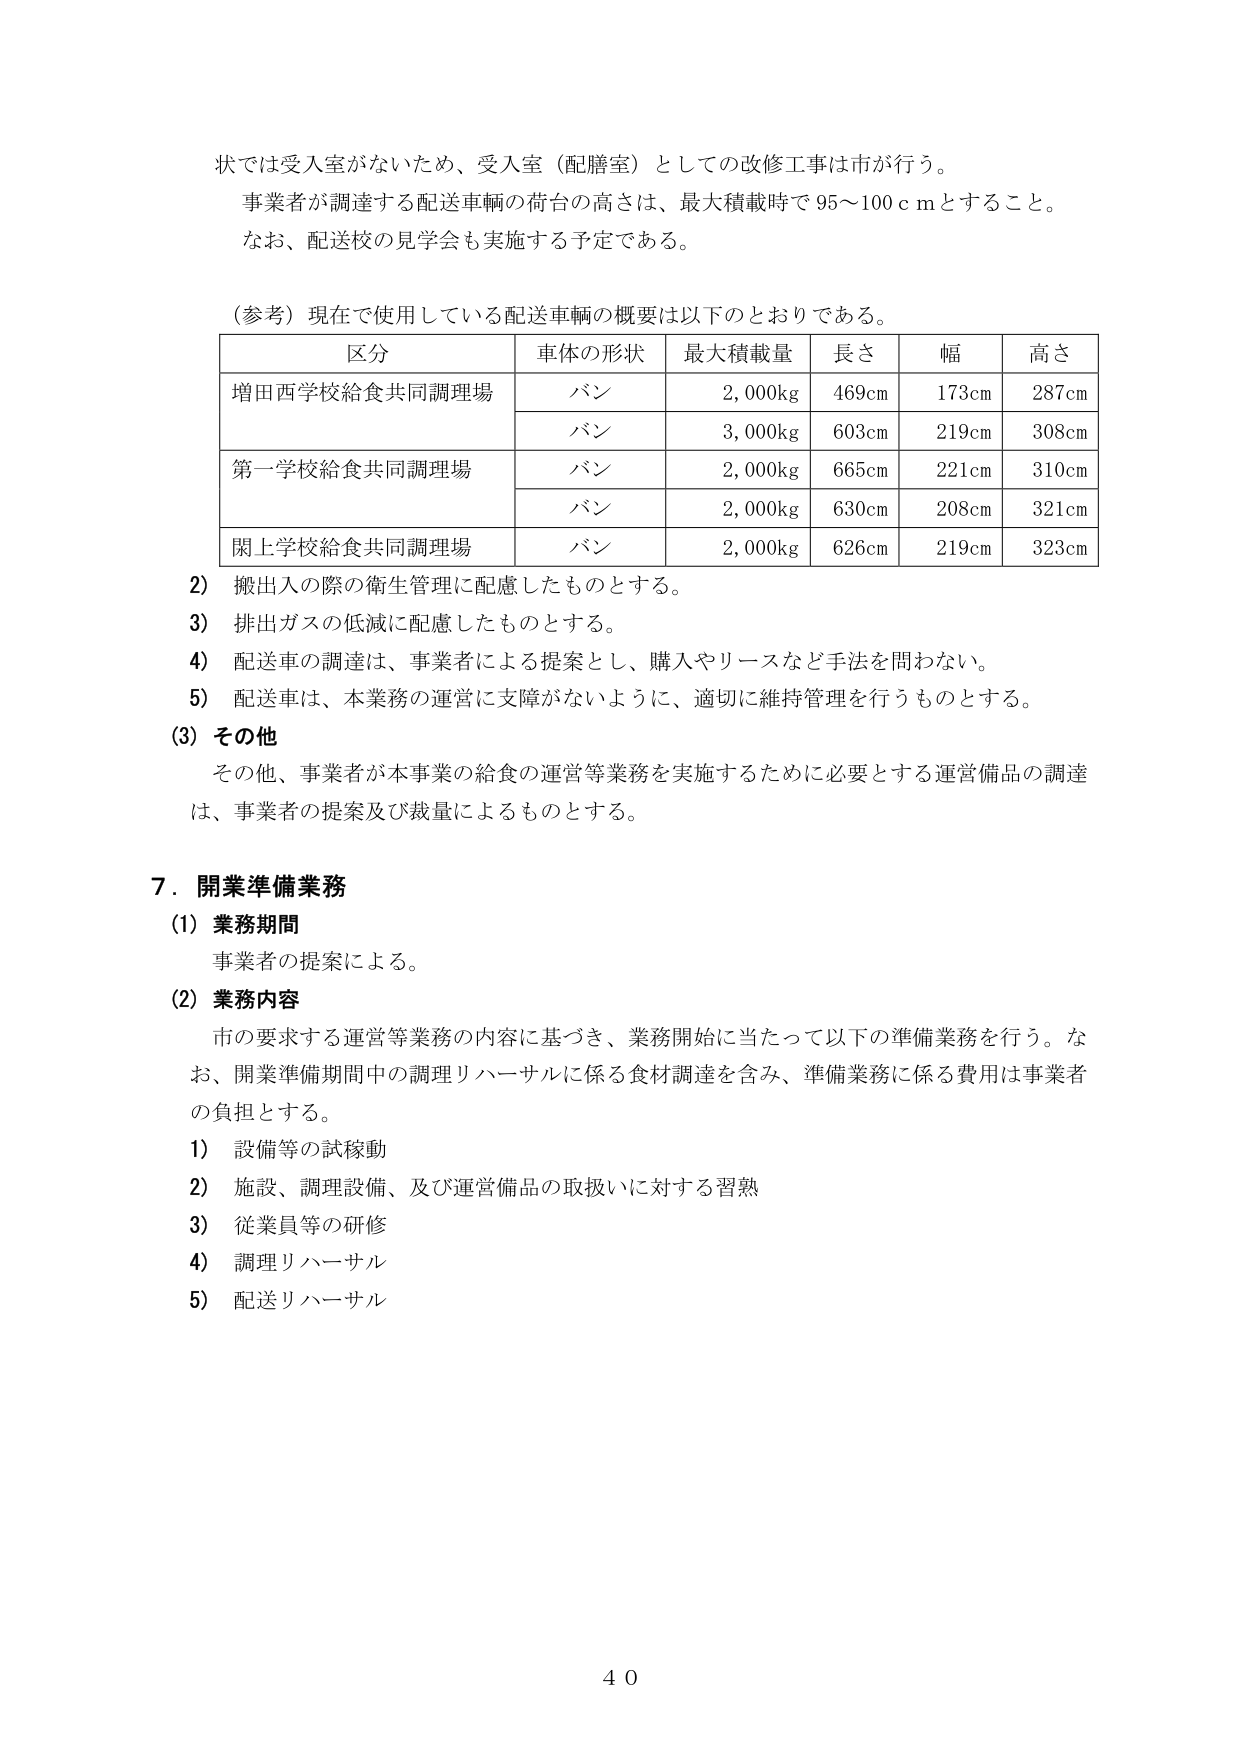
状では受入室がないため、受入室（配膳室）としての改修工事は市が行う。
事業者が調達する配送車両の荷台の高さは、最大積載時で95～100ｃｍとすること。
なお、配送校の見学会も実施する予定である。

（参考）現在で使用している配送車両の概要は以下のとおりである。

| 区分 | 車体の形状 | 最大積載量 | 長さ | 幅 | 高さ |
|------|------------|------------|------|----|------|
| 増田西学校給食共同調理場 | バン | 2,000kg | 469cm | 173cm | 287cm |
| | バン | 3,000kg | 603cm | 219cm | 308cm |
| 第一学校給食共同調理場 | バン | 2,000kg | 665cm | 221cm | 310cm |
| | バン | 2,000kg | 630cm | 208cm | 321cm |
| 関上学校給食共同調理場 | バン | 2,000kg | 626cm | 219cm | 323cm |

2）搬出入の際の衛生管理に配慮したものとする。
3）排出ガスの低減に配慮したものとする。
4）配送車の調達は、事業者による提案とし、購入やリースなど手法を問わない。
5）配送車は、本業務の運営に支障がないように、適切に維持管理を行うものとする。

(3) その他
その他、事業者が本事業の給食の運営等業務を実施するために必要とする運営備品の調達は、事業者の提案及び裁量によるものとする。

7．開業準備業務
(1) 業務期間
事業者の提案による。

(2) 業務内容
市の要求する運営等業務の内容に基づき、業務開始に当たって以下の準備業務を行う。なお、開業準備期間中の調理リハーサルに係る食材調達を含み、準備業務に係る費用は事業者の負担とする。
1）設備等の試稼動
2）施設、調理設備、及び運営備品の取扱いに対する習熟
3）従業員等の研修
4）調理リハーサル
5）配送リハーサル

40